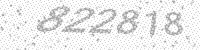
Solution: 822818